Lui_Olesk, lk 25
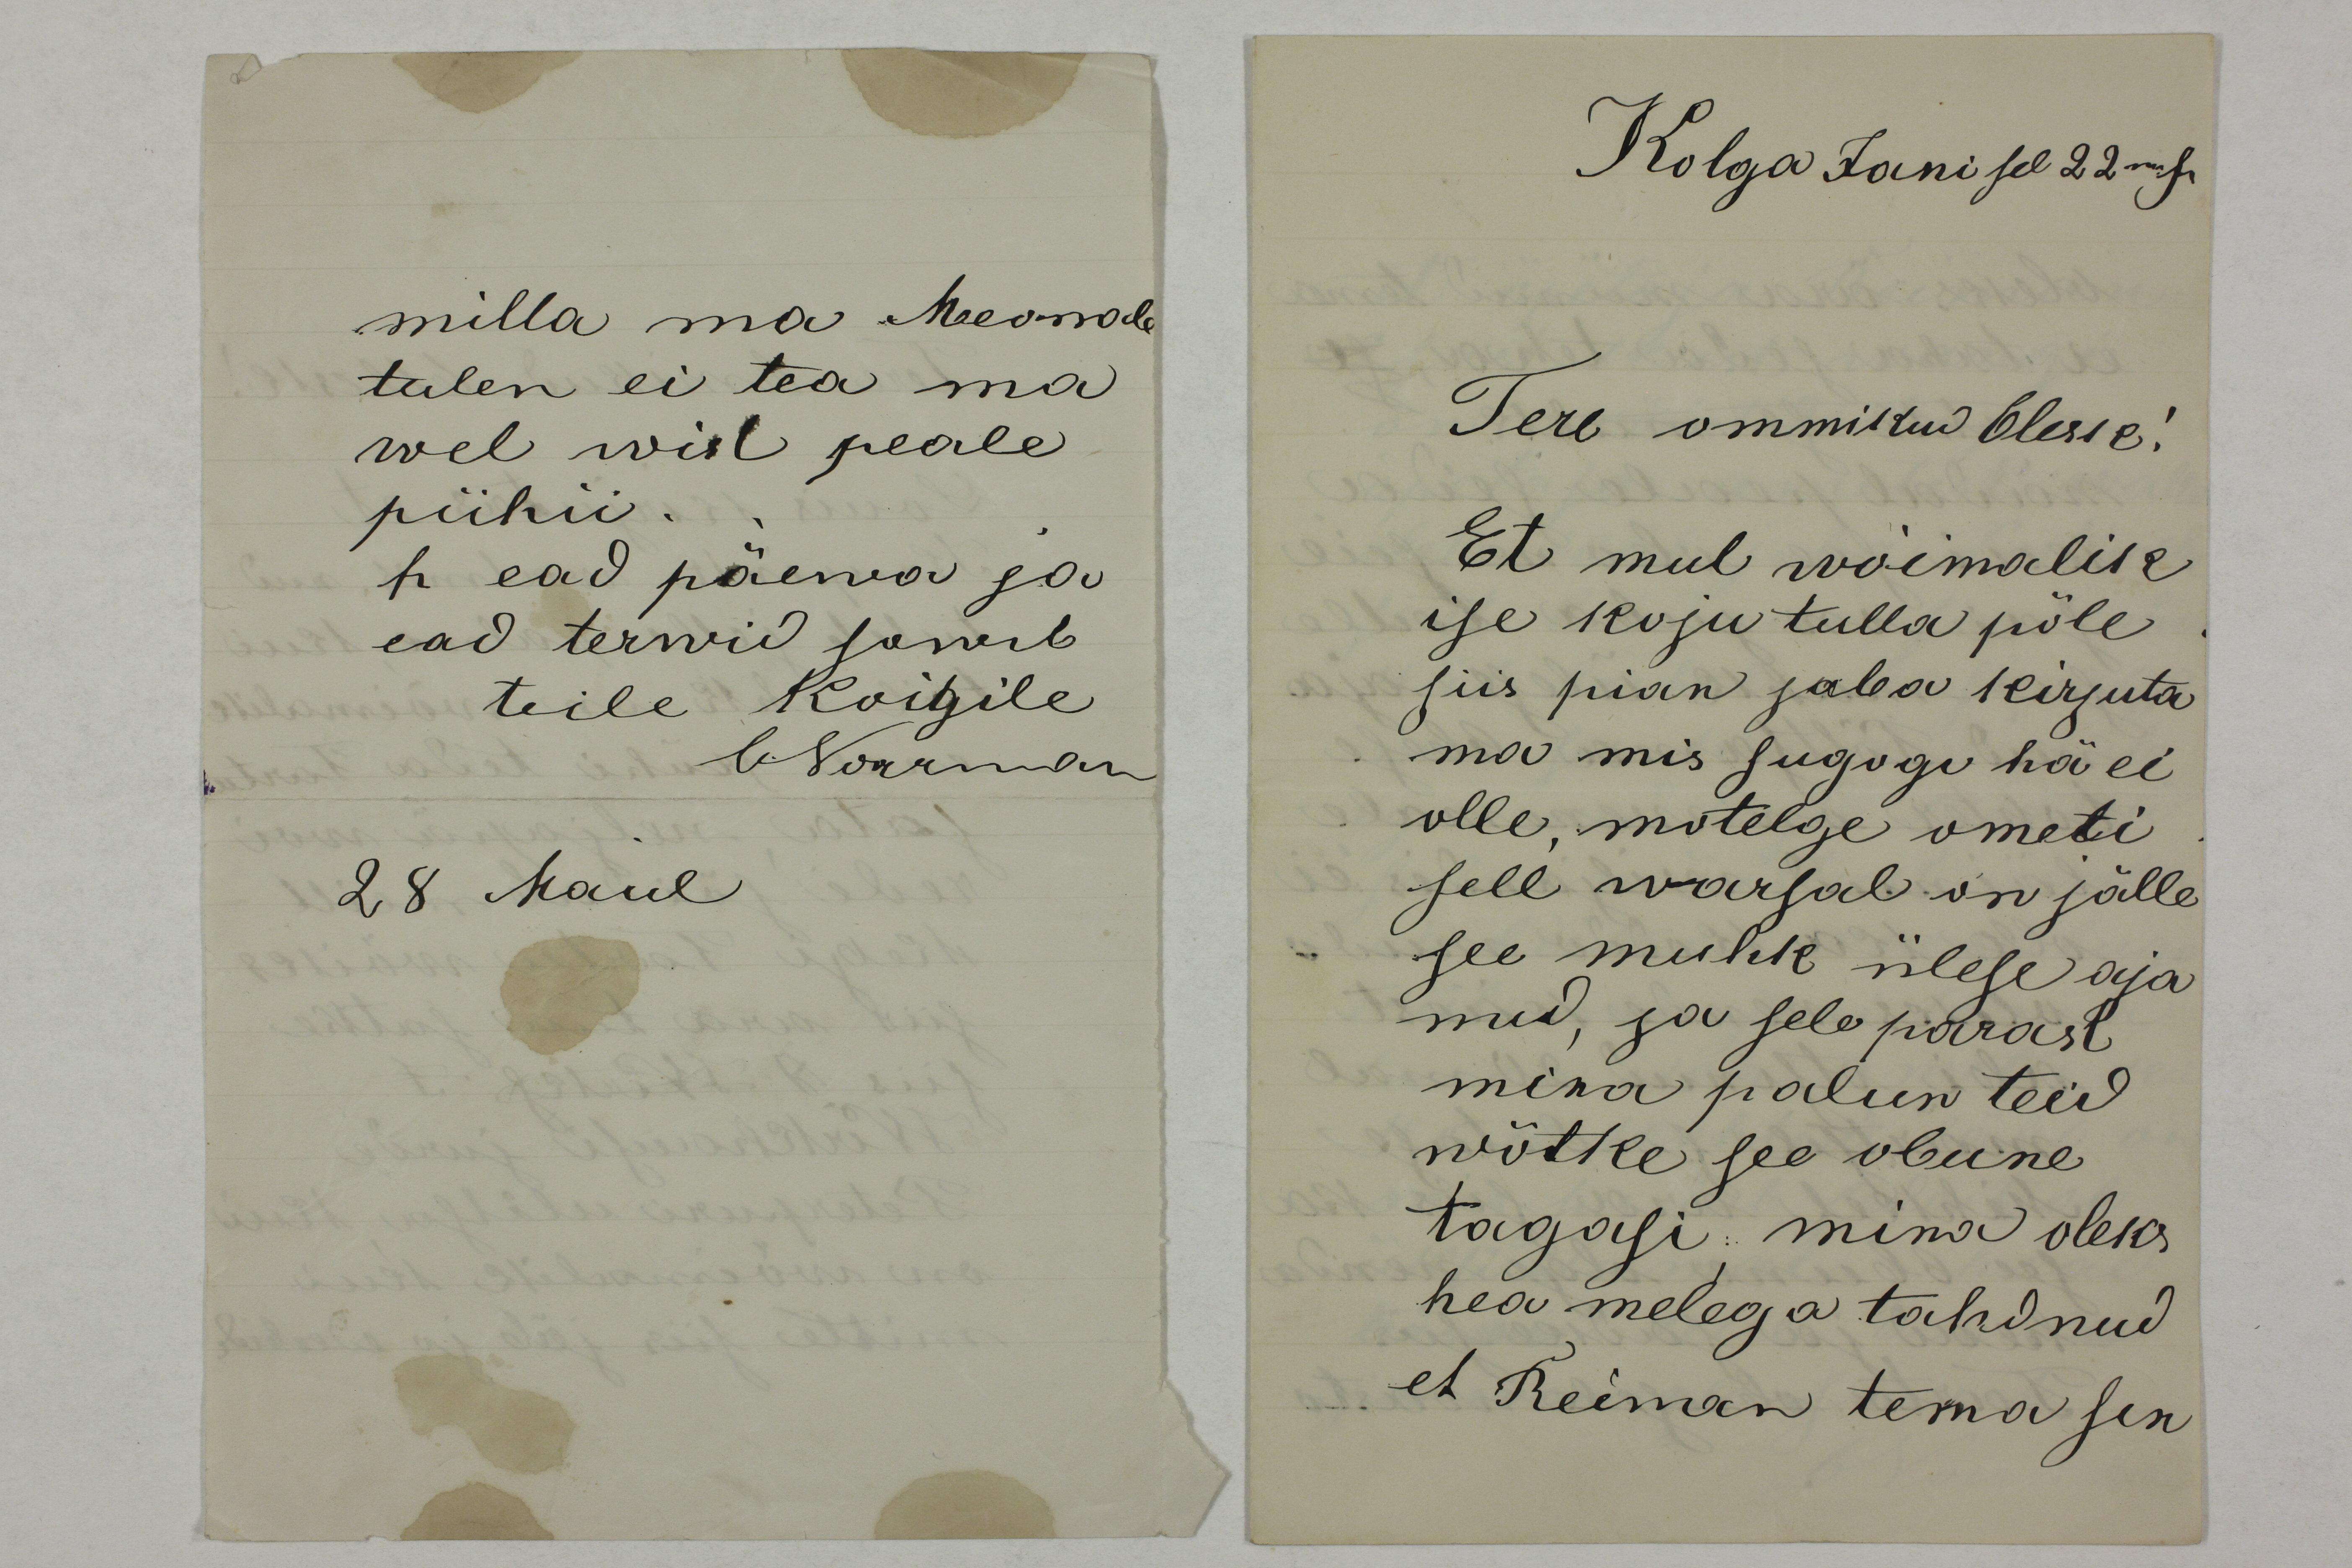
milla ma Meomale
tulen ei tea ma
wel wist peale
pühii.
tr ead päewa ja
ead terwid sowib 
teile Koigile
ONorman
28 Mail

Kolga Jani sel 22 m J
Tere ommikud Olesk!
Et mul wõimalik
ise koju tulla põle
siis pian juba kirjuta
ma mis sugugi hä ei
olle, motelge ometi
sell warsal on jälle
see muhk ülese aja
nud, ja sele parast
mina palun teid
wötke see obune
tagasi, mina oleks
hea melega tahdnud
et Reiman tema sin